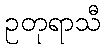
ဥတုရာသီ